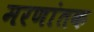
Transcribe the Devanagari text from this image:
मरणांतक